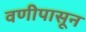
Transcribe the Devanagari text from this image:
वणीपासून